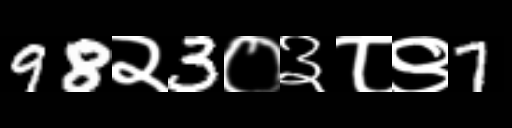
Text: 98२3०३८९7